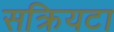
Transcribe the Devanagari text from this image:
सक्रियटा